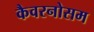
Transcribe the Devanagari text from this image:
कैवरनोसम